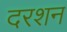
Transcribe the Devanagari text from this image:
दरशन